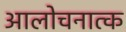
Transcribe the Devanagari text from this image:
आलोचनात्‍क